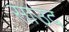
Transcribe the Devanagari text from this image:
साउद